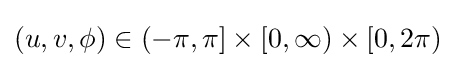
(u,v,\phi )\in (-\pi ,\pi ]\times [0,\infty )\times [0,2\pi )